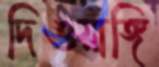
দিওয়াঙ্গি